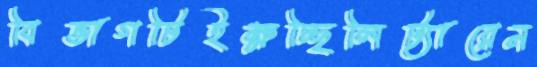
বিভাগটিইক্ষচ্ছিলিট্যারেন